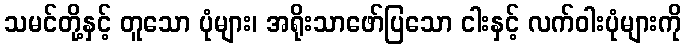
သမင်တို့နှင့် တူသော ပုံများ၊ အရိုးသာဖော်ပြသော ငါးနှင့် လက်ဝါးပုံများကို